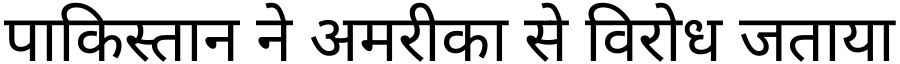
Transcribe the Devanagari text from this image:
पाकिस्तान ने अमरीका से विरोध जताया